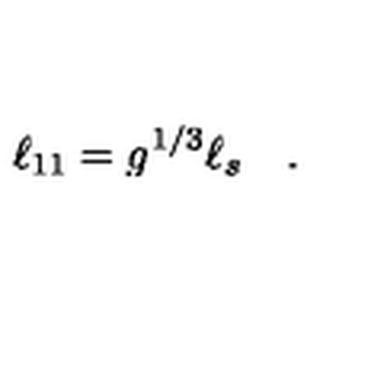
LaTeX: \ell _ { 1 1 } = g ^ { 1 / 3 } \ell _ { s } \quad .